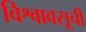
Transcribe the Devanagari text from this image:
विश्वावसूची